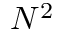
N ^ { 2 }